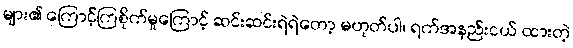
များ၏ ကြောင့်ကြစိုက်မှုကြောင့် ဆင်းဆင်းရဲရဲတော့ မဟုတ်ပါ၊ ရက်အနည်းငယ် ထားတဲ့